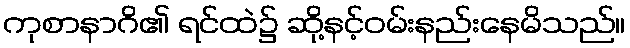
ကုစာနာဂိ၏ ရင်ထဲ၌ ဆို့နင့်ဝမ်းနည်းနေမိသည်။